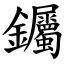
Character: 钃